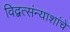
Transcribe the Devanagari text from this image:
विद्वत्संन्याशांचे